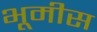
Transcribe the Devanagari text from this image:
भूमीस